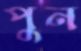
পুন